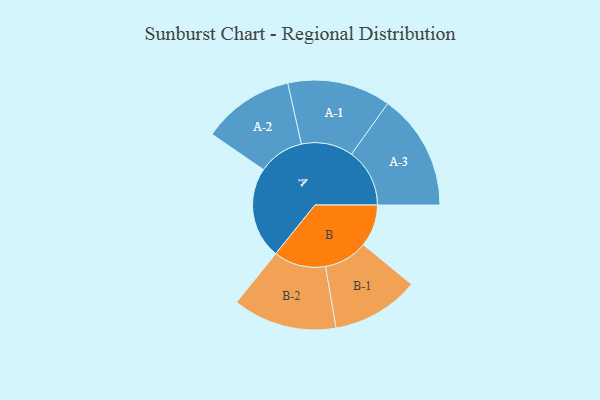
{"axis": {"x": "Segment", "y": "Value"}, "legend": ["", "A", "B"], "data": [{"x": "A", "y": 417, "type": ""}, {"x": "B", "y": 192, "type": ""}, {"x": "A-1", "y": 235, "type": "A"}, {"x": "A-2", "y": 209, "type": "A"}, {"x": "A-3", "y": 265, "type": "A"}, {"x": "B-1", "y": 199, "type": "B"}, {"x": "B-2", "y": 237, "type": "B"}]}